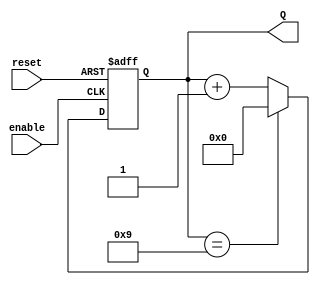
module decade_counter (
    input wire enable,          // Input signal to trigger counting
    input wire reset,           // Asynchronous reset signal
    output reg [3:0] Q          // 4-bit output for the counter
);

    // Asynchronous reset and counting logic
    always @(posedge enable or posedge reset) begin
        if (reset) begin
            Q <= 4'b0000;        // Reset the counter to 0
        end else begin
            if (Q == 4'b1001) begin // If counter reaches 9 (1001)
                Q <= 4'b0000;    // Reset to 0
            end else begin
                Q <= Q + 1;      // Increment the counter
            end
        end
    end

endmodule